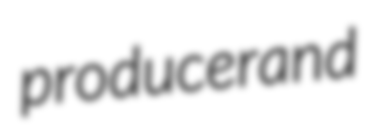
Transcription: producer and